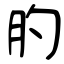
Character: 肑